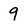
Character: 9